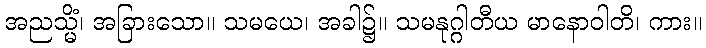
အညသ္မိံ၊ အခြားသော။ သမယေ၊ အခါ၌။ သမနုဂ္ဂါတီယ မာနောဝါတိ၊ ကား။